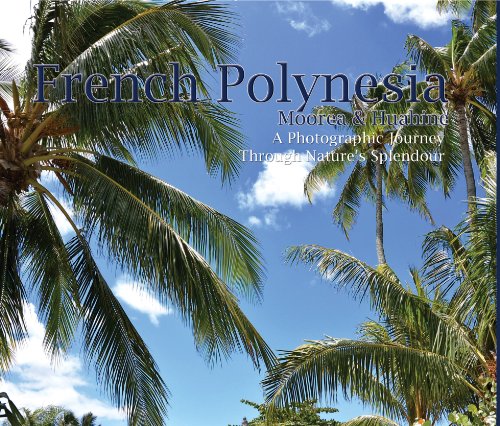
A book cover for Tahiti; Ken Schneider; Travel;